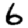
Digit: 6